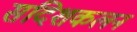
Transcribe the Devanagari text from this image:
सदिशकलन